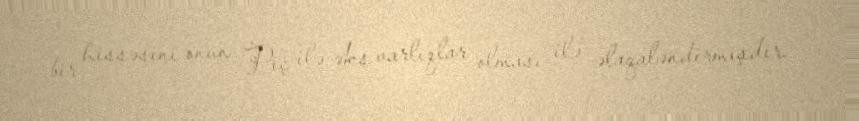
bir hissəsini onun Piç ilə əks varlıqlar olması ilə əlaqaləndirmişdir.